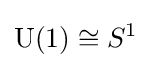
\operatorname {U} (1)\cong S^{1}